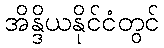
အိန္ဒိယနိုင်ငံတွင်